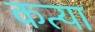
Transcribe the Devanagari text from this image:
कत्या